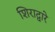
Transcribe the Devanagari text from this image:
शिराद्वारे